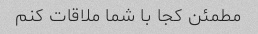
مطمئن کجا با شما ملاقات کنم